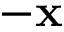
- \mathbf { x }